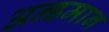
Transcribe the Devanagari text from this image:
अन्डमान